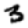
Digit: 3